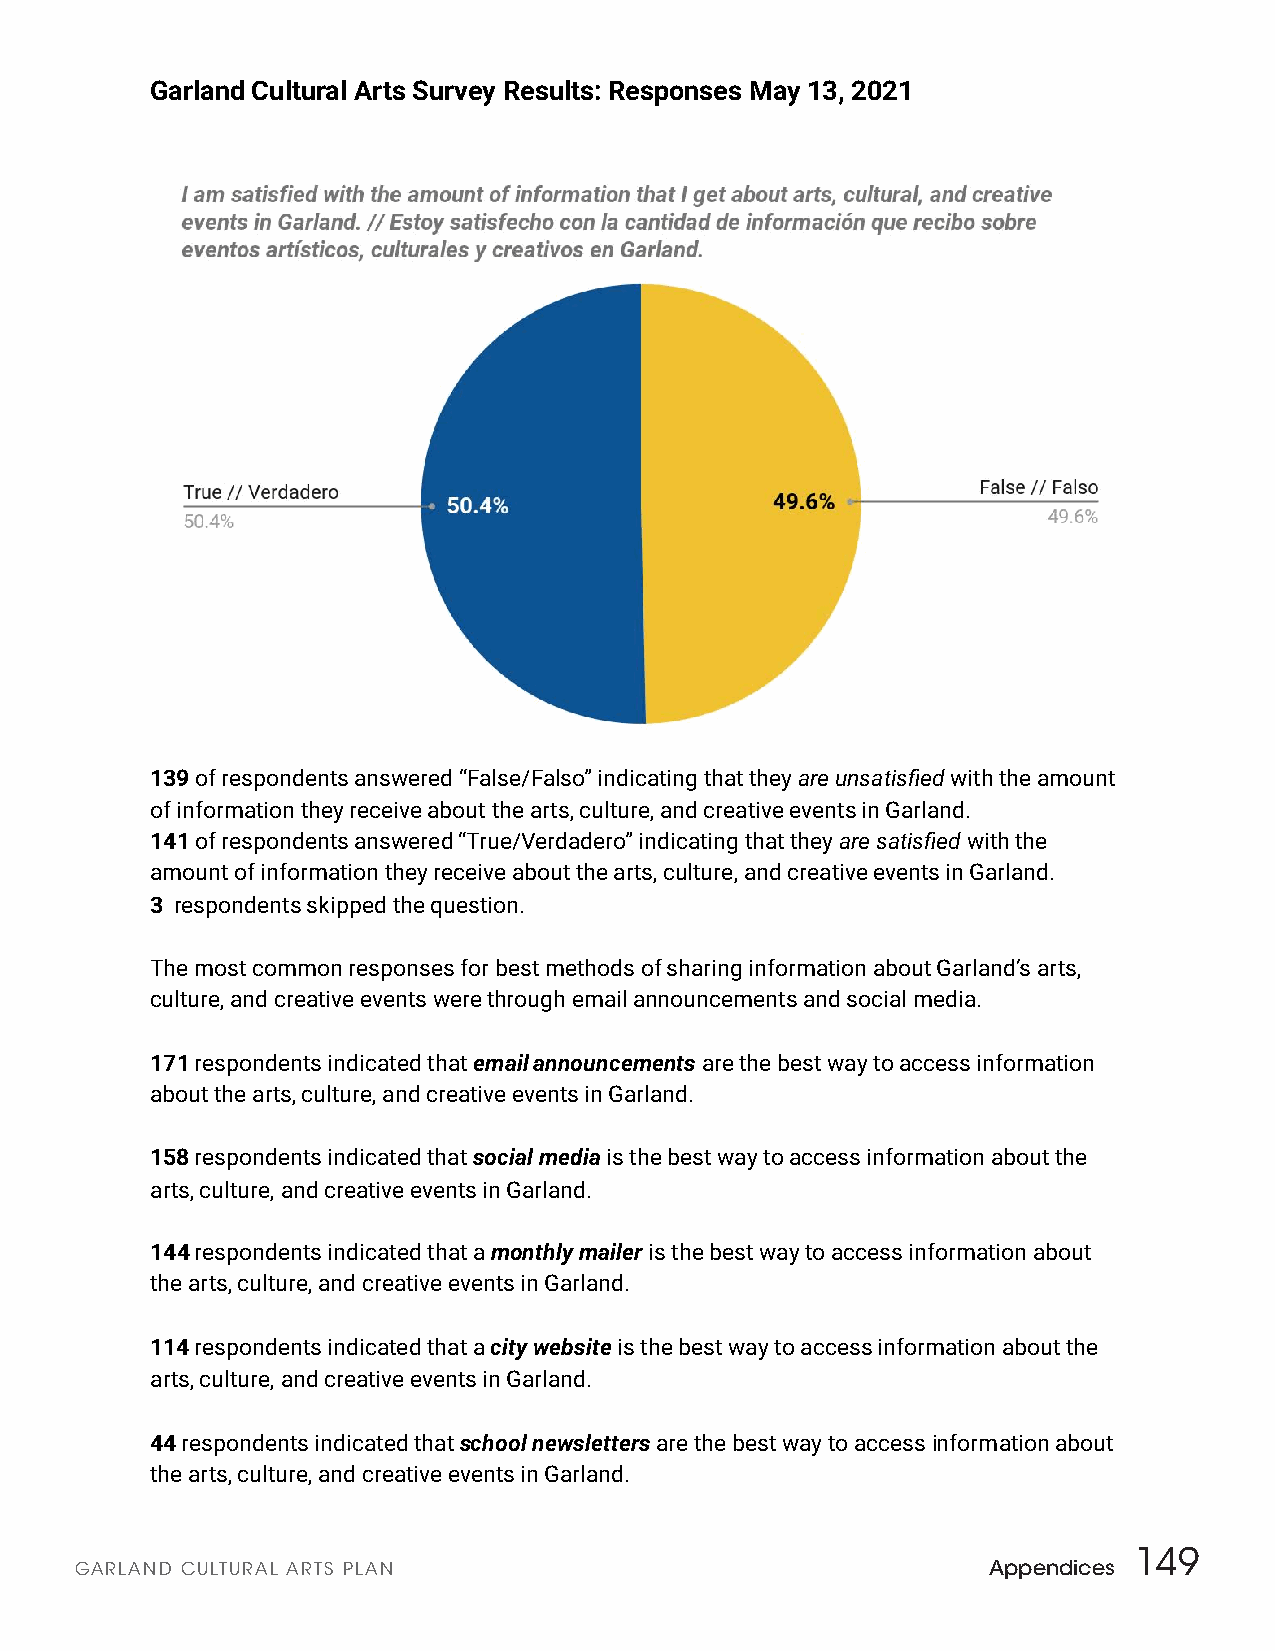
Garland Cultural Arts Survey Results: Responses May 13, 2021
 139 o f respondents answered “False/Falso” indicating that they a re unsatisfied with the amount
 of information they receive about the arts, culture, and creative events in Garland.
 141 of respondents answered “True/Verdadero” indicating that they a re satisfied with the
 amount of information they receive about the arts, culture, and creative events in Garland.
 3 respondents skipped the question.
 The most common responses for best methods of sharing information about Garland’s arts,
 culture, and creative events were through email announcements and social media.
 171 respondents indicated that email announcements are the best way to access information
 about the arts, culture, and creative events in Garland.
 158 respondents indicated that social media is the best way to access information about the
 arts, culture, and creative events in Garland.
 144 respondents indicated that a monthly mailer is the best way to access information about
 the arts, culture, and creative events in Garland.
 114 respondents indicated that a city website is the best way to access information about the
 arts, culture, and creative events in Garland.
 44 respondents indicated that school newsletters are the best way to access i nformation about
 the arts, culture, and creative events in Garland.
 149
 GARLAND CULTURAL ARTS PLAN                                  Appendices